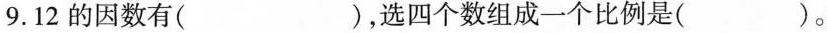
9.12的因数有()，选四个数组成一个比例是()